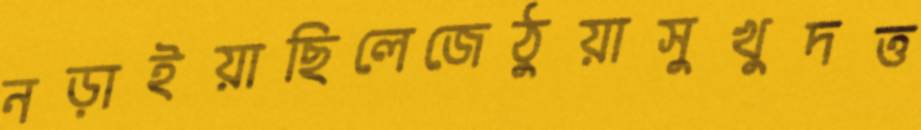
নড়াইয়াছিলেজেঠুয়াসুখুদত্ত